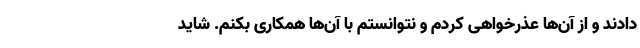
دادند و از آن‌ها عذرخواهی کردم و نتوانستم با آن‌ها همکاری بکنم. شاید